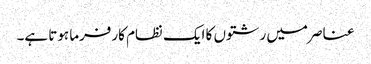
عناصر میں رشتوں کا ایک نظام کارفرما ہوتا ہے۔